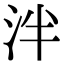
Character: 泮